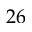
2 6